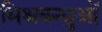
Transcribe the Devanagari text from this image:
मिश्रबन्धुओं